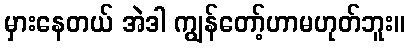
မှားနေတယ် အဲဒါ ကျွန်တော့်ဟာမဟုတ်ဘူး။